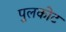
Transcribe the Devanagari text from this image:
पुलकोट